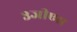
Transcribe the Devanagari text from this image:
३जीएस